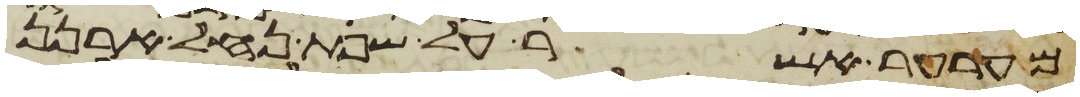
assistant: מערער אשר על שפת נחל ארנן